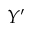
Y ^ { \prime }